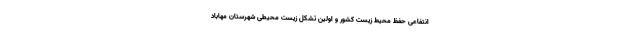
انتفاعی حفظ محیط زیست کشور و اولین تشکل زیست محیطی شهرستان مهاباد